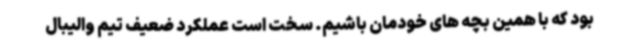
بود که با همین بچه های خودمان باشیم. سخت است عملکرد ضعیف تیم والیبال